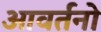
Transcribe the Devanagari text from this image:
आवर्तनो